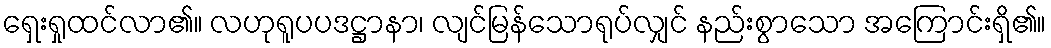
ရှေးရှုထင်လာ၏။ လဟုရူပပဒဋ္ဌာနာ၊ လျင်မြန်သောရုပ်လျှင် နည်းစွာသော အကြောင်းရှိ၏။